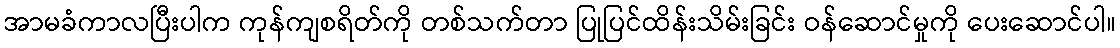
အာမခံကာလပြီးပါက ကုန်ကျစရိတ်ကို တစ်သက်တာ ပြုပြင်ထိန်းသိမ်းခြင်း ဝန်ဆောင်မှုကို ပေးဆောင်ပါ။